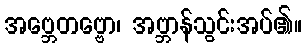
အဗ္ဘေတဗ္ဗော၊ အဗ္ဘာန်သွင်းအပ်၏။